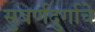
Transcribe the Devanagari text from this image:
सुवर्णदुर्गाचे